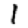
Digit: 1